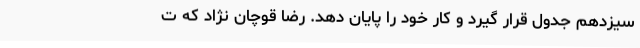
سیزدهم جدول قرار گیرد و کار خود را پایان دهد. رضا قوچان نژاد که ت